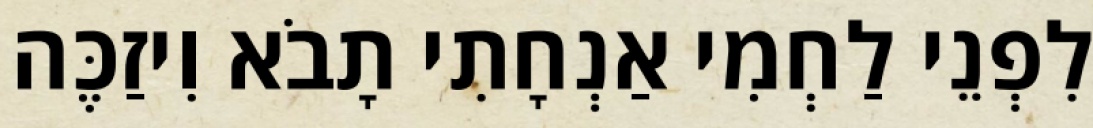
לִפְנֵי לַחְמִי אַנְחָתִי תָבֹא וִיזַכֶּה